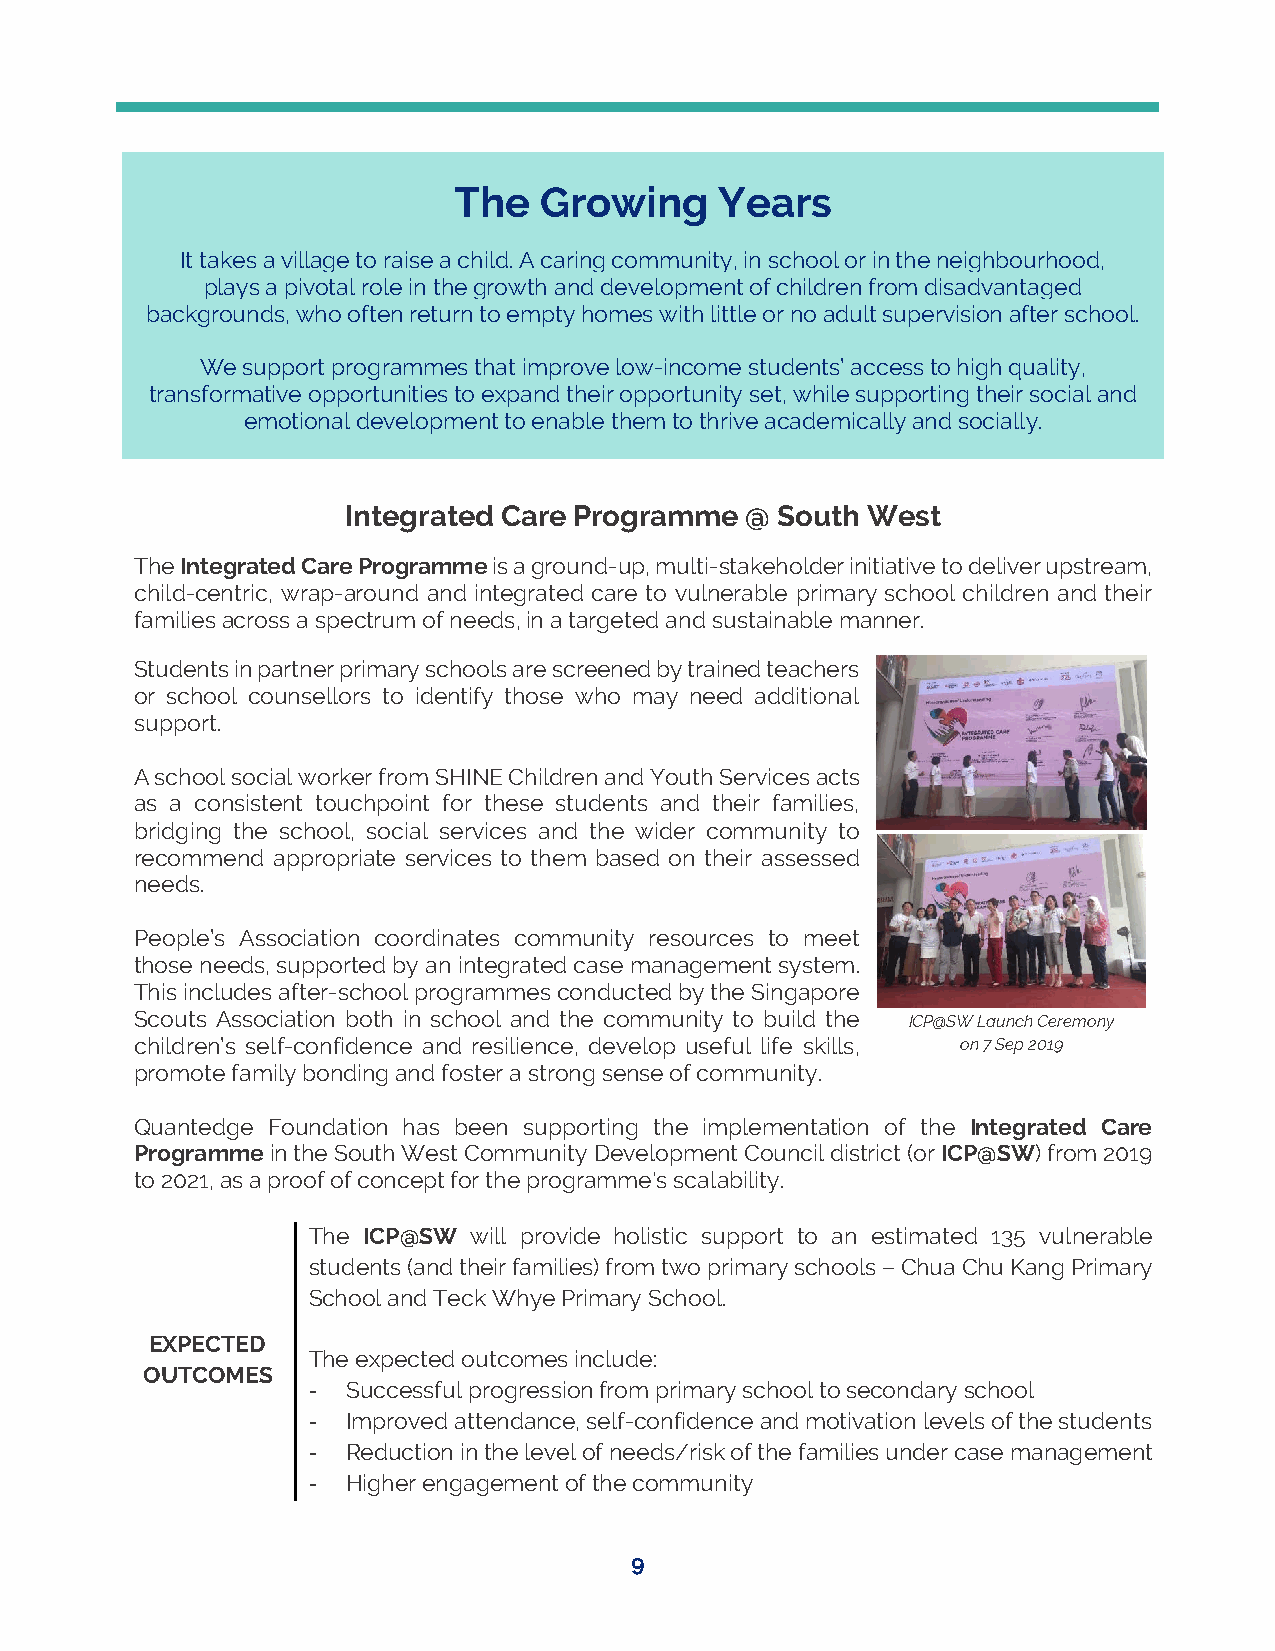
The   Growing     Years
 It takes a village to raise a child. A caring community, in school or in the neighbourhood,
 plays a pivotal role in the growth and development of children from disadvantaged
 backgrounds, who often return to empty homes with little or no adult supervision after school.
 We support programmes that improve low-income students’ access to high quality,
 transformative opportunities to expand their opportunity set, while supporting their social and
 emotional development to enable them to thrive academically and socially.
 Integrated Care Programme @ South West
 The Integrated Care Programme is a ground-up, multi-stakeholder initiative to deliver upstream,
 child-centric, wrap-around and integrated care to vulnerable primary school children and their
 families across a spectrum of needs, in a targeted and sustainable manner.
 Students in partner primary schools are screened by trained teachers
 or school counsellors to identify those who may need additional
 support.
 A school social worker from SHINE Children and Youth Services acts
 as a consistent touchpoint for these students and their families,
 bridging the school, social services and the wider community to
 recommend appropriate services to them based on their assessed
 needs.
 People’s Association coordinates community resources to meet
 those needs, supported by an integrated case management system.
 This includes after-school programmes conducted by the Singapore
 Scouts Association both in school and the community to build the ICP@SW Launch Ceremony
 children’s self-confidence and resilience, develop useful life skills, on 7 Sep 2019
 promote family bonding and foster a strong sense of community.
 Quantedge Foundation has been supporting the implementation of the Integrated Care
 Programme in the South West Community Development Council district (or ICP@SW) from 2019
 to 2021, as a proof of concept for the programme's scalability.
 The ICP@SW will provide holistic support to an estimated 135 vulnerable
 students (and their families) from two primary schools – Chua Chu Kang Primary
 School and Teck Whye Primary School.
 EXPECTED
 The expected outcomes include:
 OUTCOMES
 -  Successful progression from primary school to secondary school
 -  Improved attendance, self-confidence and motivation levels of the students
 -  Reduction in the level of needs/risk of the families under case management
 -  Higher engagement of the community
 9